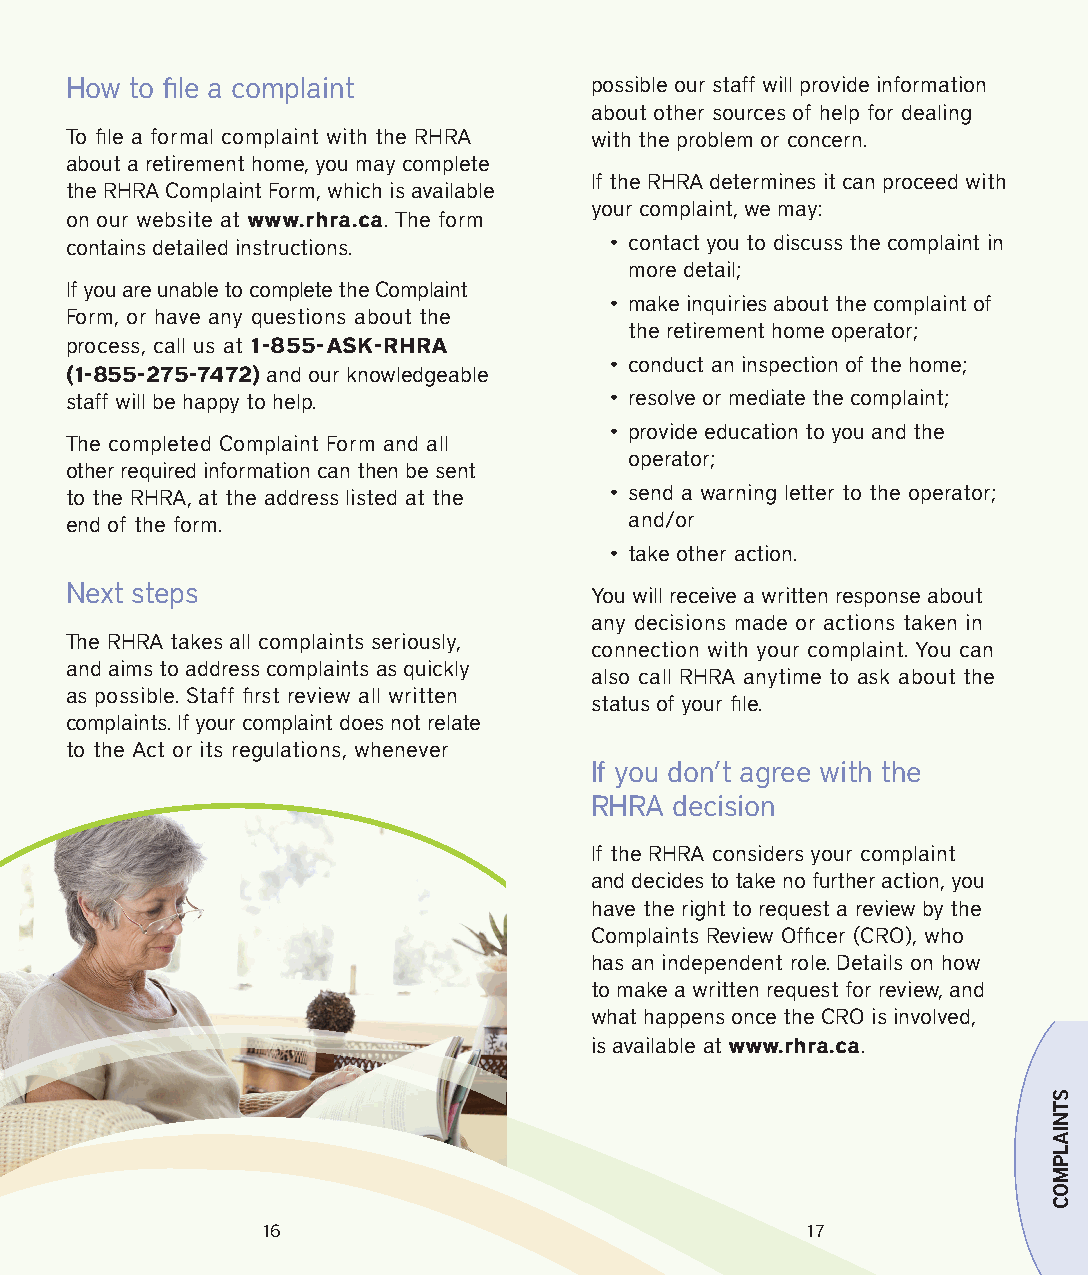
How  to file a complaint           possible our staff will provide information
 about other sources of help for dealing
 To file a formal complaint with the RHRA with the problem or concern.
 about a retirement home, you may complete
 If the RHRA determines it can proceed with
 the RHRA Complaint Form, which is available
 your complaint, we may:
 on our website at www.rhra.ca. The form
 contains detailed instructions.     • contact you to discuss the complaint in
 more detail;
 If you are unable to complete the Complaint
 • make inquiries about the complaint of
 Form, or have any questions about the
 the retirement home operator;
 process, call us at 1‐-855-‐ASK-‐RHRA
 • conduct an inspection of the home;
 (1-‐855-‐275-‐7472) and our knowledgeable
 staff will be happy to help.        • resolve or mediate the complaint;
 • provide education to you and the
 The completed Complaint Form and all
 operator;
 other required information can then be sent
 to the RHRA, at the address listed at the • send a warning letter to the operator;
 end of the form.                      and/or
 • take other action.
 Next steps                         You will receive a written response about
 any decisions made or actions taken in
 The RHRA takes all complaints seriously,
 connection with your complaint. You can
 and aims to address complaints as quickly
 also call RHRA anytime to ask about the
 as possible. Staff first review all written
 status of your file.
 complaints. If your complaint does not relate
 to the Act or its regulations, whenever
 If you don’t agree with the
 RHRA decision
 If the RHRA considers your complaint
 and decides to take no further action, you
 have the right to request a review by the
 Complaints Review Officer (CRO), who
 has an independent role. Details on how
 to make a written request for review, and
 what happens once the CRO is involved,
 is available at www.rhra.ca.
 16                                  17
 STNIALPMOC